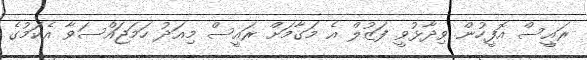
ރައީސް އޮފީހުން ވިދާޅުވީ ފަޒުލް އެ މަގާމަށް ރައީސް މިއަދު ހަމަޖައްސަވާ އެކަމުގެ